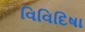
વિવિદિષા